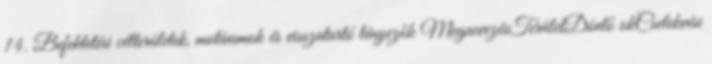
14. Befektetési célterületek, motívumok és visszatartó tényezők MegnevezésTerületDöntő okCselekvési